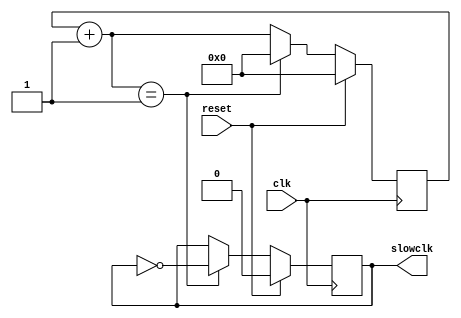
`timescale 1ns / 1ps

module slowclk
    #(parameter system_clock = 100_000_000, target_freq = 50_000_000)
    (clk, reset, slowclk);
    input clk;
    input reset;
    output reg slowclk = 0;
    
    // compute counter value to generate slow clk
    localparam counter_max = system_clock/(2*target_freq);
    
    // declare register to hold counter value
    reg [27:0] counter = 0;  
    
    // run counter
    always @ (posedge clk)
    begin
        if (reset) begin
            counter <= 0;
            slowclk <= 0;
        end
        else begin
            counter = counter + 1;
            if (counter == counter_max) begin
                slowclk <= ~slowclk;
                counter <= 0;
            end
        end
    end
endmodule